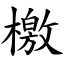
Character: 檄